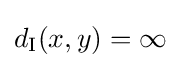
d_{\text{I}}(x,y)=\infty